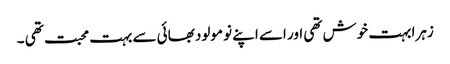
زہرا بہت خوش تھی اور اسے اپنے نو مولود بھائی سے بہت محبت تھی ۔